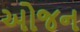
ઓજન